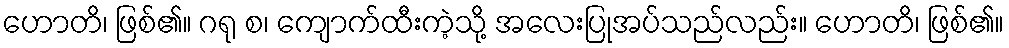
ဟောတိ၊ ဖြစ်၏။ ဂရု စ၊ ကျောက်ထီးကဲ့သို့ အလေးပြုအပ်သည်လည်း။ ဟောတိ၊ ဖြစ်၏။